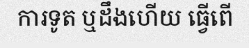
ការទូត ឬដឹងហើយ ធ្វើពើ